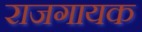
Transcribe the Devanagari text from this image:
राजगायक